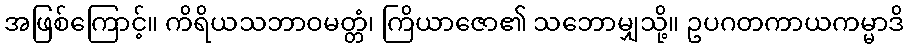
အဖြစ်ကြောင့်။ ကိရိယသဘာဝမတ္တံ၊ ကြိယာဇော၏ သဘောမျှသို့။ ဥပဂတကာယကမ္မာဒိ